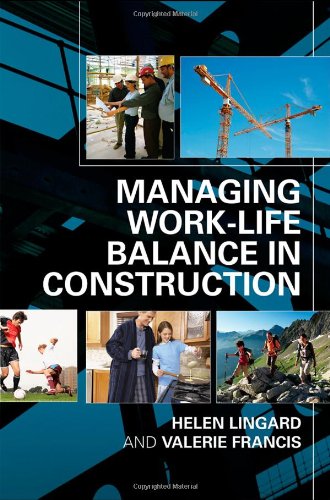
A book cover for Managing Work-Life Balance in Construction; Helen Lingard; Business & Money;